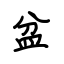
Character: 盆